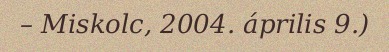
– Miskolc, 2004. április 9.)